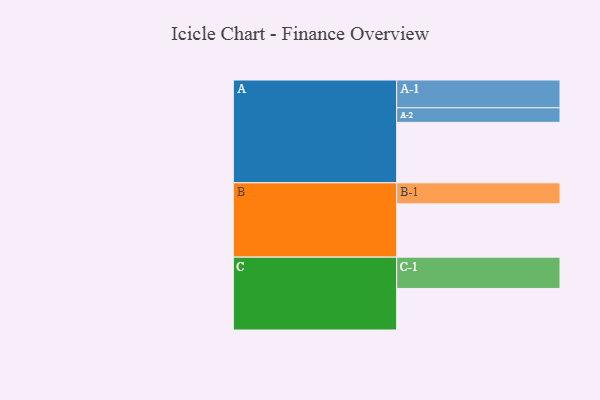
{"axis": {"x": "Segment", "y": "Value"}, "legend": ["", "A", "B", "C"], "data": [{"x": "A", "y": 448, "type": ""}, {"x": "B", "y": 395, "type": ""}, {"x": "C", "y": 308, "type": ""}, {"x": "A-1", "y": 206, "type": "A"}, {"x": "A-2", "y": 108, "type": "A"}, {"x": "B-1", "y": 156, "type": "B"}, {"x": "C-1", "y": 232, "type": "C"}]}